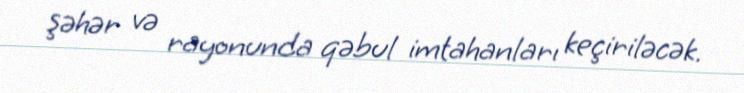
şəhər və rayonunda qəbul imtahanları keçiriləcək.